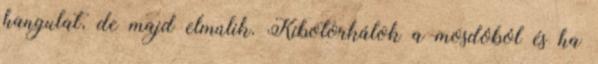
hangulat, de majd elmúlik. Kibotorkálok a mosdóból és ha